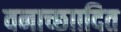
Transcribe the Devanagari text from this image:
वनाच्छाादित